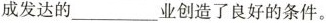
成发达的_______业创造了良好的条件。